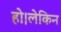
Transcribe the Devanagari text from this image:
हो।लेकिन